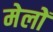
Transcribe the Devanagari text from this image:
मेलोें